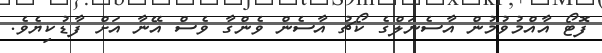
ފޮޓޯ އާއްމުވުމުން އާސެނަލްގެ ކޯޗު އާސެން ވެންގާ ވެސް އޭނާ އަށް ފާޑުކިޔެވެ.